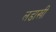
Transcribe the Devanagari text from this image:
लडाखी